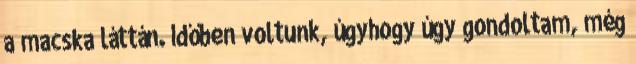
a macska láttán. Időben voltunk, úgyhogy úgy gondoltam, még